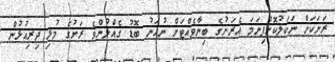
ރަށަކަށް ނަކަލުކޮށްފިނަމަ އެރަށުގެ ބިނާވެއްޓަށް ނުހަނު ބޮޑު ގެއްލުންވެ ރަށުގެ މުޅި ދިރިއުޅުން